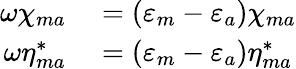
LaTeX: \begin{array}{rl}{\omega\chi_{ma}}&{{}=(\varepsilon_{m}-\varepsilon_{a})\chi_{ma}}\\ {\omega\eta_{ma}^{*}}&{{}=(\varepsilon_{m}-\varepsilon_{a})\eta_{ma}^{*}}\end{array}